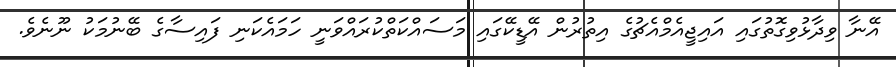
އޭނާ ވިދާޅުވިގޮތުގައި އައިޖީއެމްއެޗުގެ އިތުރުން އޭޑީކޭގައި މަސައްކަތްކުރައްވަނީ ހަމައެކަނި ފައިސާގެ ބޭނުމަކު ނޫނެވެ.